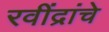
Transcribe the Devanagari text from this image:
रवींद्रांचे